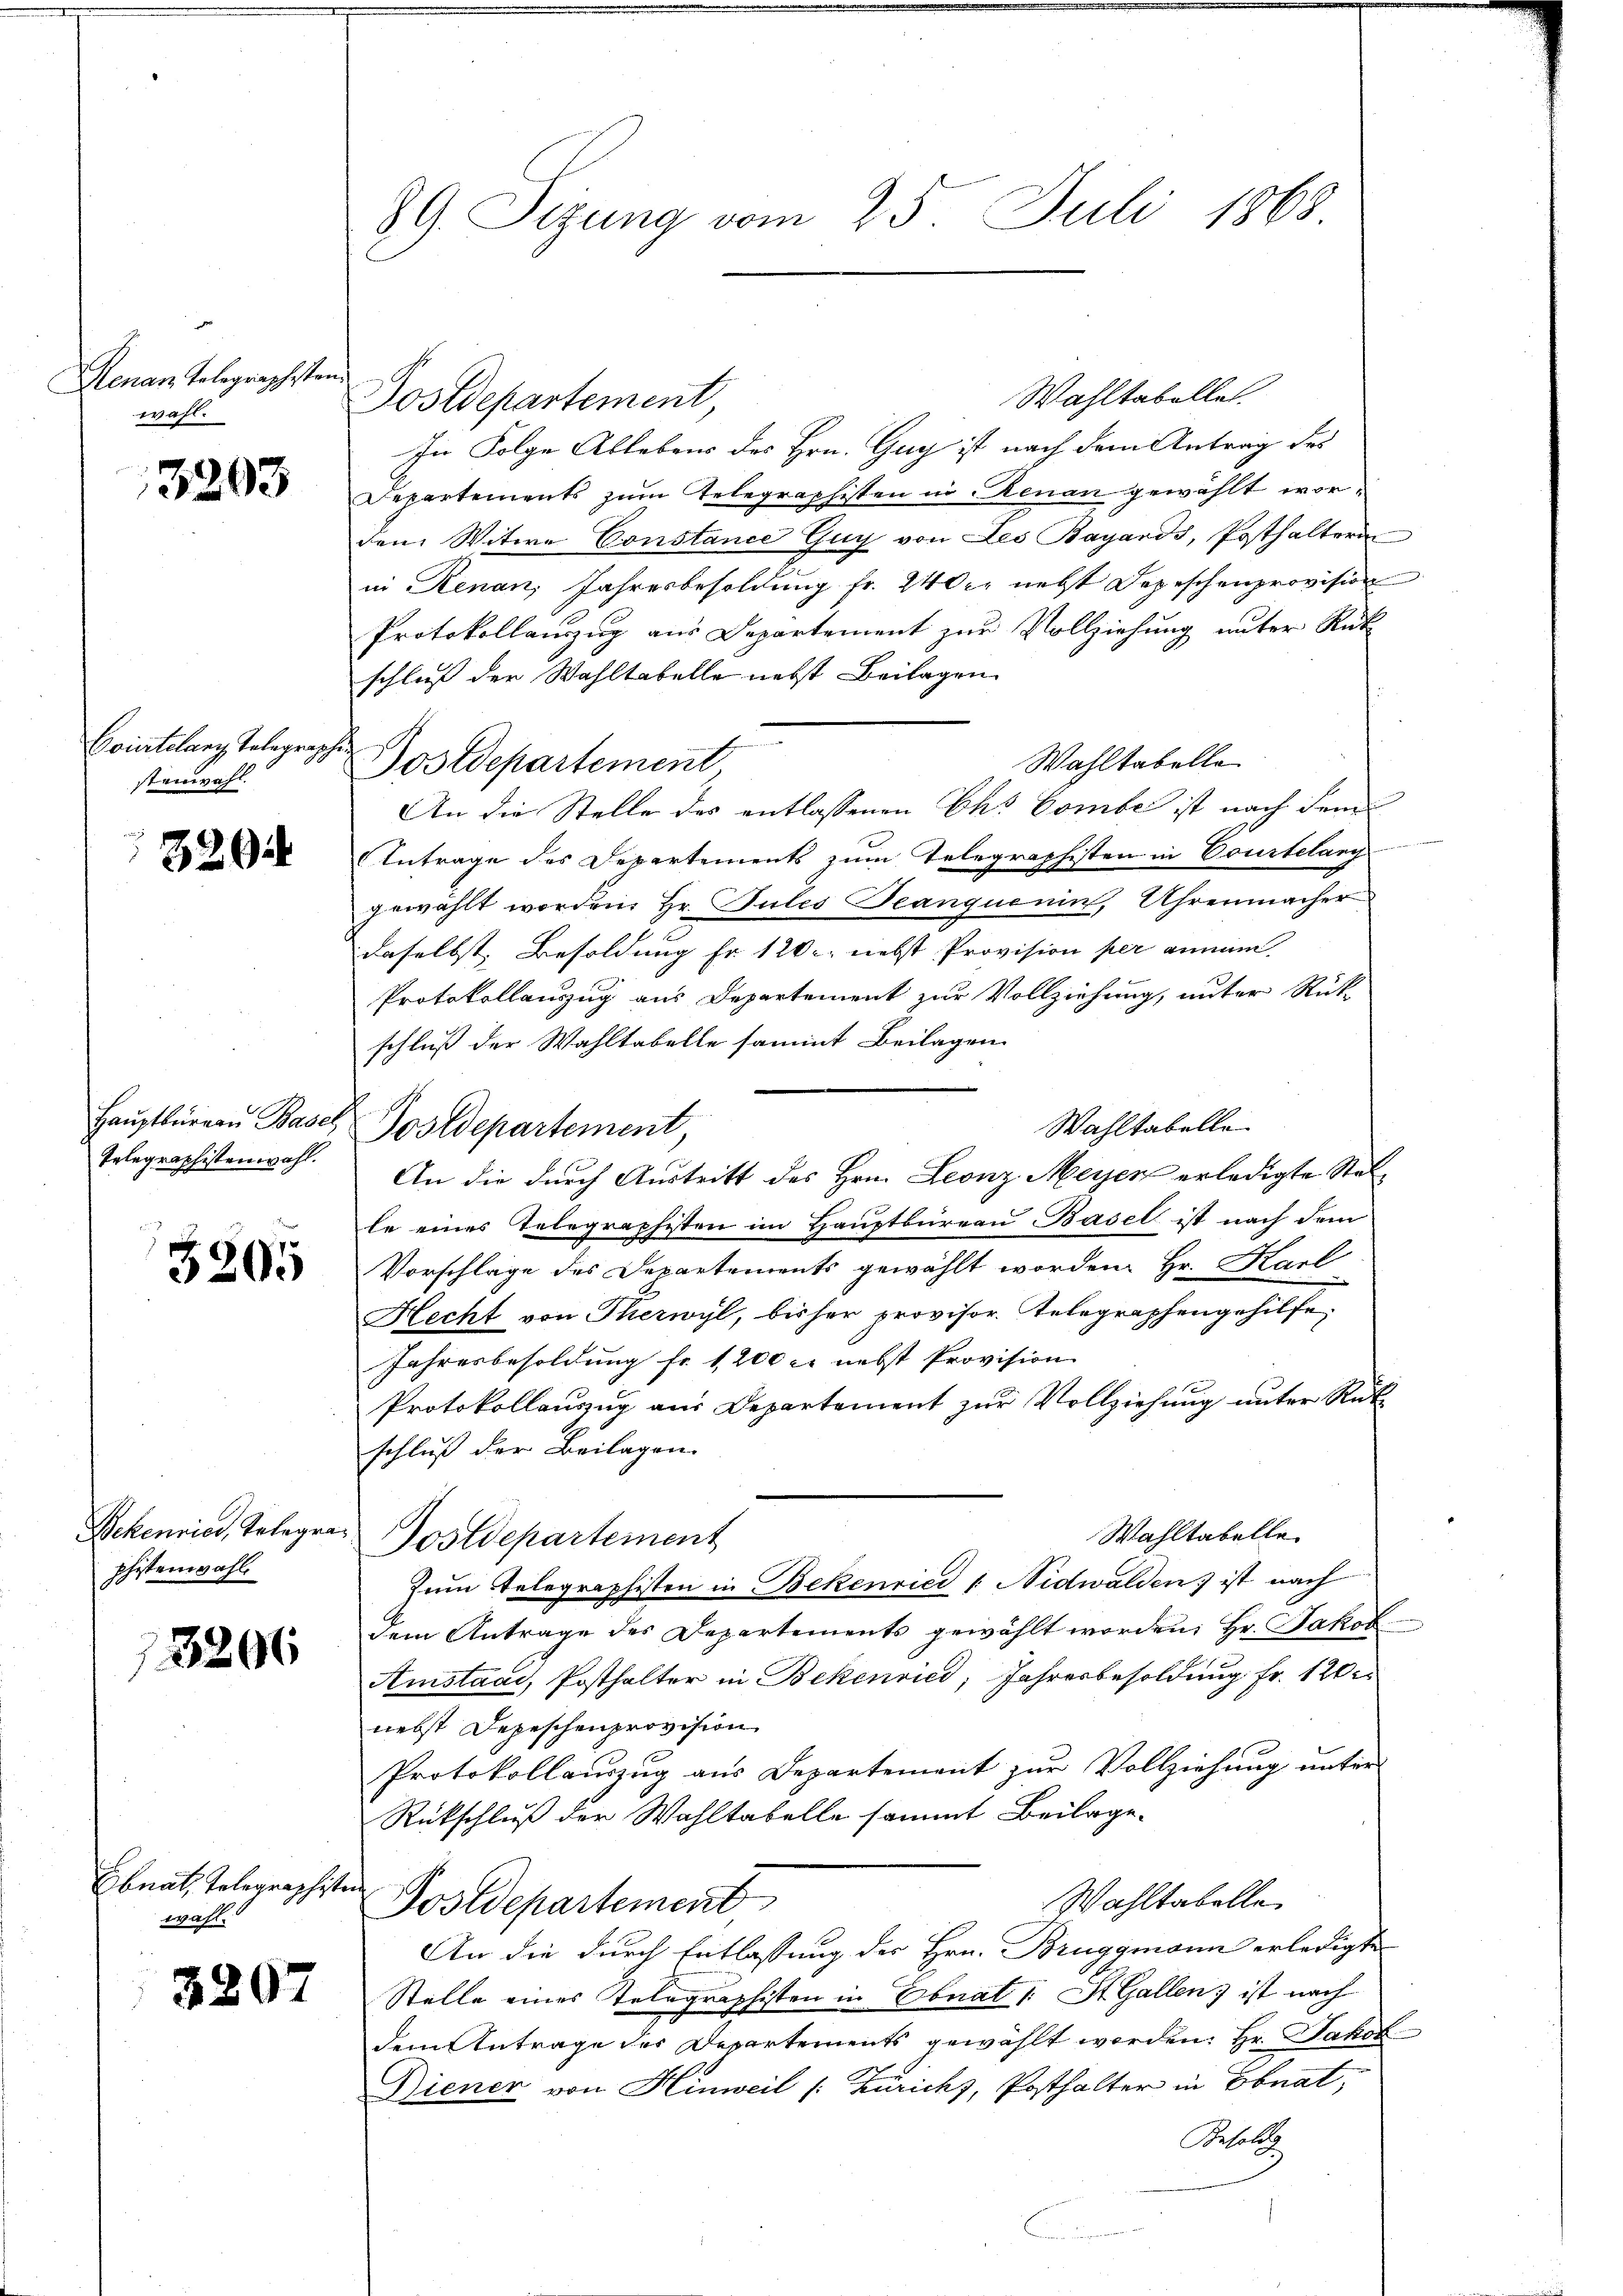
Renan Telegrapheste
wahl.

3293

Courtelang, Telegraph
steinwahl.

3294

Telegraphistenwahl.

5205

phistenwahl.

3206

Ebnat, Telegraphisten
wahl.

5807

89. Sizung vom 25. Juli 1868

a

Wahltabellen.
In Folge Ablebens des Hrn. Gug ist nach dem Antrag des
Departements zum Telegraphisten in Renau gewählt wordem Witwe Constance Guy von Les Bayards, Posthalterin
in Renau, Jahresbesoldung fr. 240 r. nebst Depeschenprovision
Protokollauszug aus Departement zur Vollziehung unter Rüt
schluß der Wahltabelle nebst Beilagen.
ch
Wahltabelle
An die Stelle des entlassenen Ch. Combe ist nach dem
Antrage des Departements zum Telegraphisten in Courtelang
gewählt worden. Hr. Gutes Jeanquenin, Uhrenmacher
daselbst Besoldung Fr. 120 nebst Provision per annam
Protokollauszug aus Departement zur Vollziehung, unter Rück-
schluß der Wahltabelle sammt Beilagen
Wahltabelle
le eines Telegraphisten im Hauptbüreau Basel ist nach dem
Vorschlage des Departements gewählt worden. Hr. Karl
Hecht von Thierwyl, bisher provisor. Telegraphengehilfe
Jahresbesoldung fr. 1200 r. nebst Provision
Protokollauszug aus Departement zur Vollziehung unter Rüt
schluß der Beilagen.
Wahltabelle.
Bekenries, Telegra Postdepartement
Zum Telegraphisten in Bekenried v. Nidwalden ist nach
dem Antrage des Departements gewählt worden; Hr. Jakob
Amstand, Posthalter in Bekenried, Jahresbesoldung Fr. 120
nebst Depeschenprovision
Protokollauszug aus Departement zur Vollziehung unter
Rückschluß der Wahltabelle sammt Beilage.
Wahltabelle,
Postdepartement
An die durch Entlassung des Hrn. Bruggmann erledigte
Stelle eines Telegraphisten in Ebnat 1: St. Gallen; ist nach
dem Antrage des Departements gewählt werden: Hr. Jakob
Diener von Hinweil [Zürichs, Posthalter in Ebnat,
Besold

Postdepartement

Postdepartement

Haŭptbürgen Basel Postdepartement

An die durch Austritt des Hrn. Leonz Meyen erledigte Stel¬